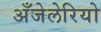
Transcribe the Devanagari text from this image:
अँजेलेरियो